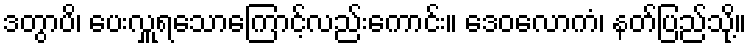
ဒတွာပိ၊ ပေးလှူရသောကြောင့်လည်းကောင်း။ ဒေဝလောကံ၊ နတ်ပြည်သို့။